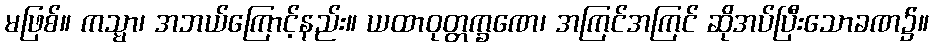
မဖြစ်။ ကသ္မာ၊ အဘယ်ကြောင့်နည်း။ ယထာဝုတ္တက္ခဏေ၊ အကြင်အကြင် ဆိုအပ်ပြီးသောခဏ၌။